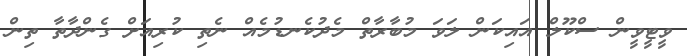
ވީޓީވީން ސްކޫލް އައިކަން ލަވަ މުބާރާތް މެދުކެނޑުމެއް ނެތި ކުރިއަށް ގެންދާތާ ތިން